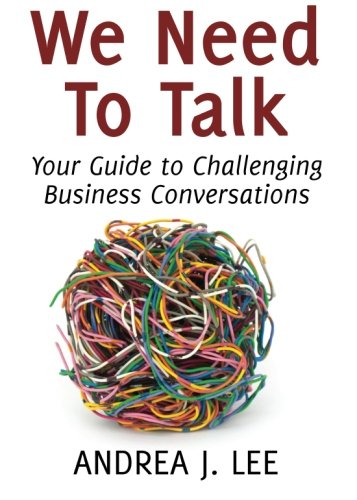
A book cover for We Need To Talk: Your Guide to Challenging Business Conversations; Andrea J. Lee; Business & Money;